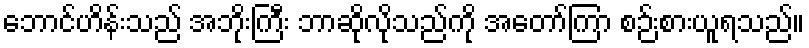
ဘောင်ဟိန်းသည် အဘိုးကြီး ဘာဆိုလိုသည်ကို အတော်ကြာ စဉ်းစားယူရသည်။